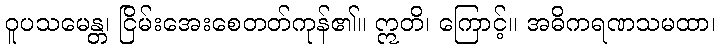
ဝူပသမေန္တ၊ ငြိမ်းအေးစေတတ်ကုန်၏။ ဣတိ၊ ကြောင့်။ အဓိကရဏသမထာ၊